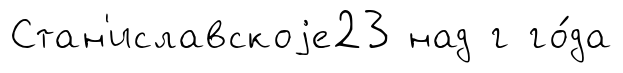
Стан'иславскоjе23 над г го́да